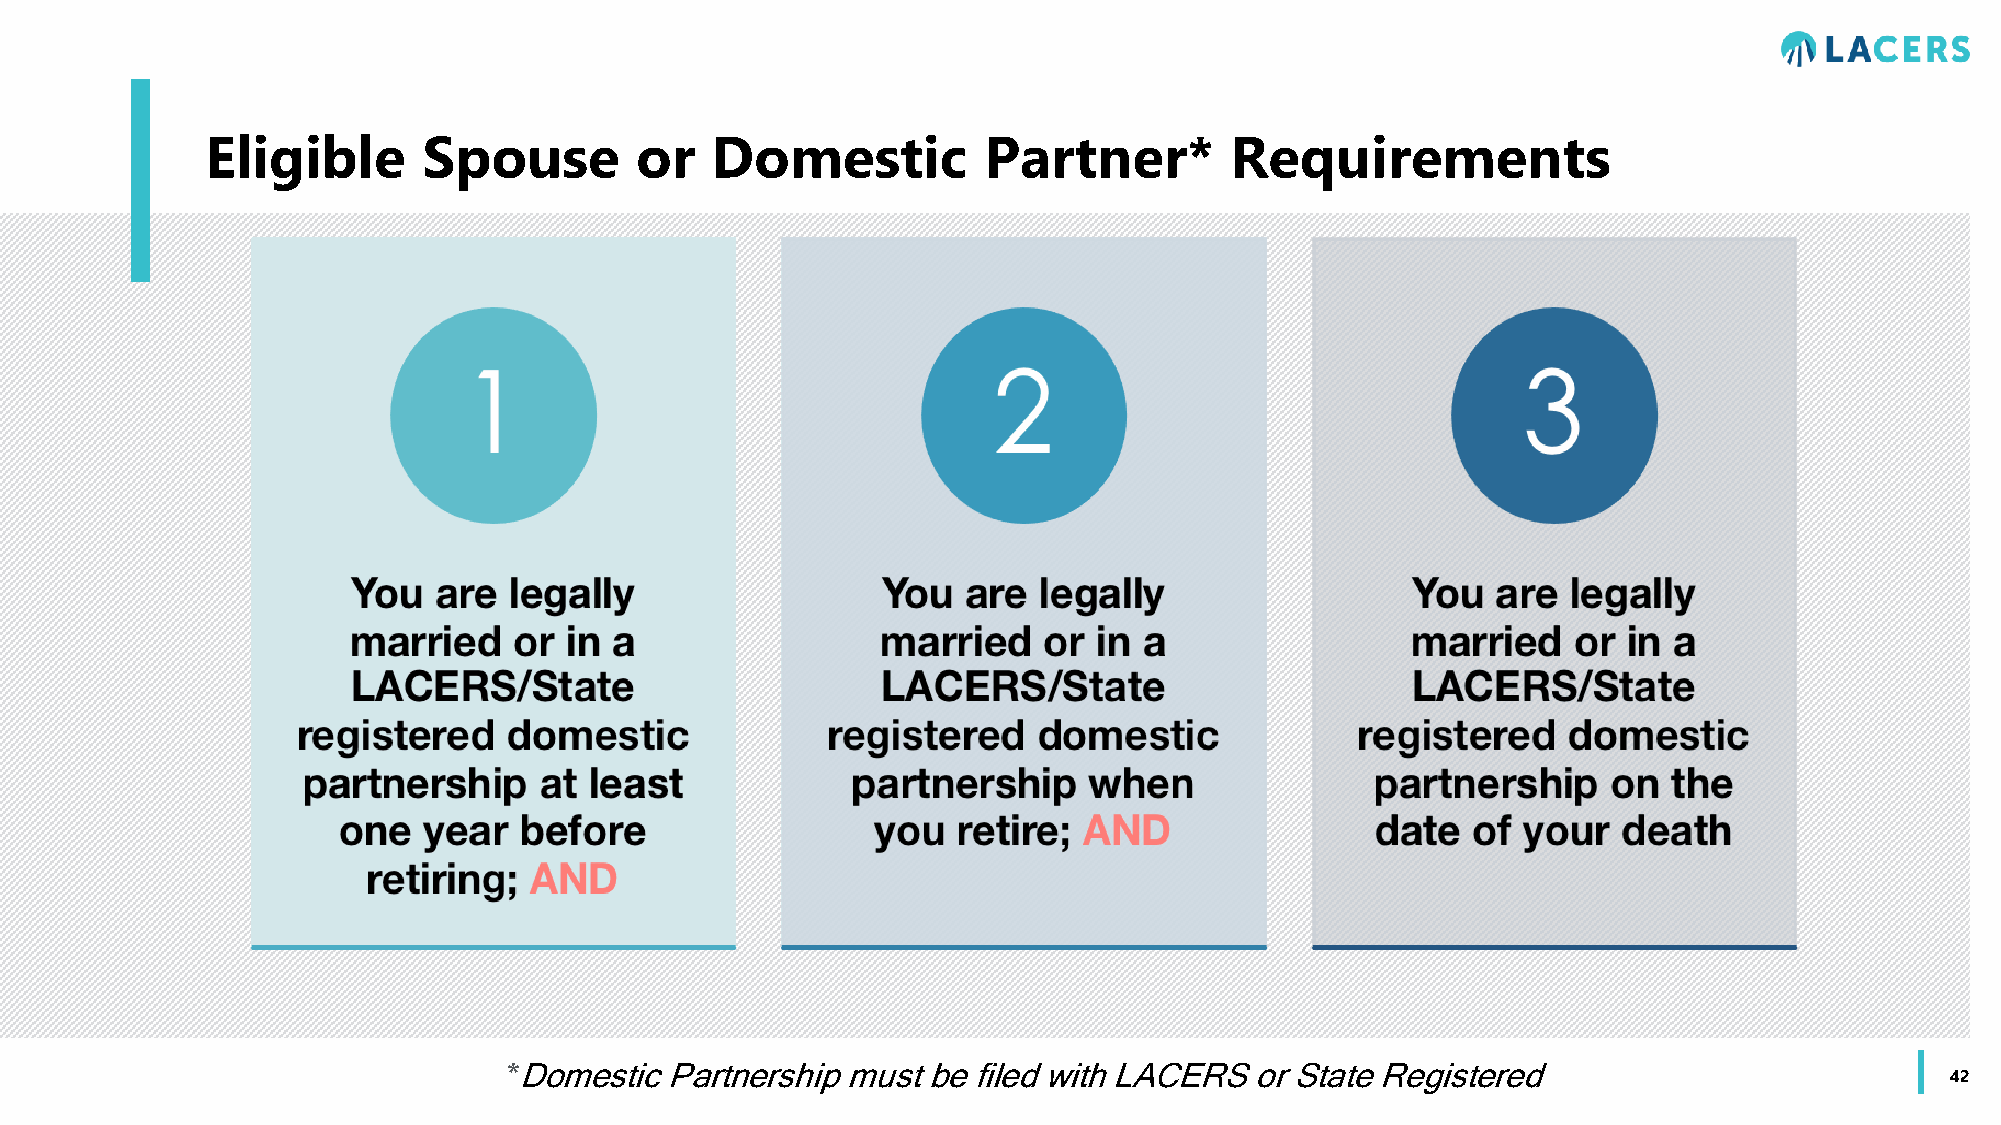
Eligible      Spouse        or   Domestic          Partner*        Requirements
 *Domestic Partnership must be filed with LACERS  or State Registered
 42